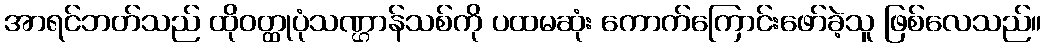
အာရင်ဘတ်သည် ထိုဝတ္ထုပုံသဏ္ဌာန်သစ်ကို ပထမဆုံး ကောက်ကြောင်းဖော်ခဲ့သူ ဖြစ်လေသည်။